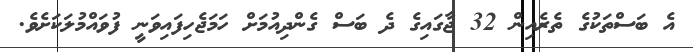
އެ ބަސްތަކުގެ ތެރެއިން 32 ޖާގައިގެ ދެ ބަސް ގެންދިއުމަށް ހަމަޖެހިފައިވަނީ ފުވައްމުލަކަށެވެ.